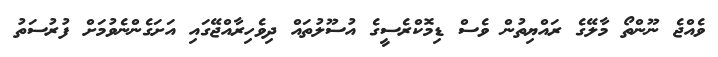
ވެއްޖެ ނޫންތޯ މާލޭގެ ރައްޔިތުން ވެސް ޑިމޮކްރެސީގެ އުސޫލުތައް ދިވެހިރާއްޖޭގައި އަށަގެންނެވުމަށް ފުރުސަތު